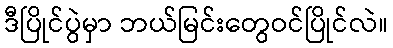
ဒီပြိုင်ပွဲမှာ ဘယ်မြင်းတွေဝင်ပြိုင်လဲ။